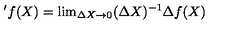
' f ( X ) = \mathrm { l i m } _ { \Delta X \rightarrow 0 } ( \Delta X ) ^ { - 1 } \Delta f ( X )